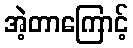
အဲ့တာကြောင့်